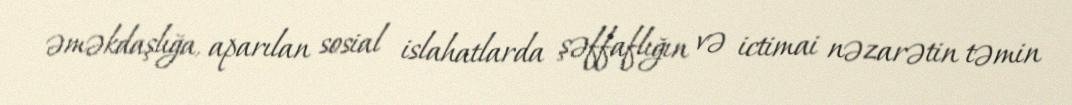
əməkdaşlığa, aparılan sosial islahatlarda şəffaflığın və ictimai nəzarətin təmin